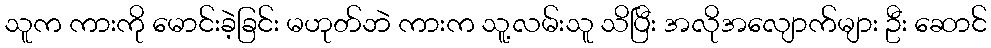
သူက ကားကို မောင်းခဲ့ခြင်း မဟုတ်ဘဲ ကားက သူ့လမ်းသူ သိပြီး အလိုအလျောက်များ ဦး ဆောင်